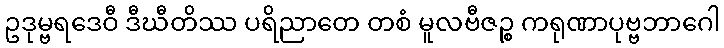
ဥဒုမ္ဗရဒေဝီ ဒီဃီတိဿ ပရိညာတေ တစံ မူလဗီဇဉ္စ ကရုဏာပုဗ္ဗဘာဂေါ